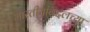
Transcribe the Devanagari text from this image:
भारतीयांबद्दलच्या